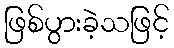
ဖြစ်ပွားခဲ့သဖြင့်